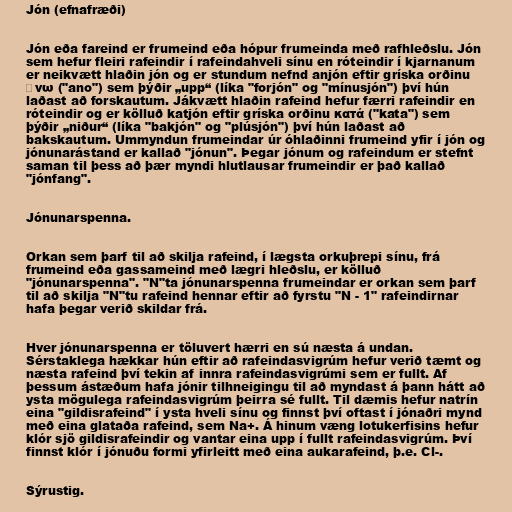
Jón (efnafræði)

Jón eða fareind er frumeind eða hópur frumeinda með rafhleðslu. Jón
sem hefur fleiri rafeindir í rafeindahveli sínu en róteindir í kjarnanum
er neikvætt hlaðin jón og er stundum nefnd anjón eftir gríska orðinu
ἀνω ("anο") sem þýðir „upp“ (líka "forjón" og "mínusjón") því hún
laðast að forskautum. Jákvætt hlaðin rafeind hefur færri rafeindir en
róteindir og er kölluð katjón eftir gríska orðinu κατά ("kata") sem
þýðir „niður“ (líka "bakjón" og "plúsjón") því hún laðast að
bakskautum. Ummyndun frumeindar úr óhlaðinni frumeind yfir í jón og
jónunarástand er kallað "jónun". Þegar jónum og rafeindum er stefnt
saman til þess að þær myndi hlutlausar frumeindir er það kallað
"jónfang".

Jónunarspenna.

Orkan sem þarf til að skilja rafeind, í lægsta orkuþrepi sínu, frá
frumeind eða gassameind með lægri hleðslu, er kölluð
"jónunarspenna". "N"ta jónunarspenna frumeindar er orkan sem þarf
til að skilja "N"tu rafeind hennar eftir að fyrstu "N - 1" rafeindirnar
hafa þegar verið skildar frá.

Hver jónunarspenna er töluvert hærri en sú næsta á undan.
Sérstaklega hækkar hún eftir að rafeindasvigrúm hefur verið tæmt og
næsta rafeind því tekin af innra rafeindasvigrúmi sem er fullt. Af
þessum ástæðum hafa jónir tilhneigingu til að myndast á þann hátt að
ysta mögulega rafeindasvigrúm þeirra sé fullt. Til dæmis hefur natrín
eina "gildisrafeind" í ysta hveli sínu og finnst því oftast í jónaðri mynd
með eina glataða rafeind, sem Na+. Á hinum væng lotukerfisins hefur
klór sjö gildisrafeindir og vantar eina upp í fullt rafeindasvigrúm. Því
finnst klór í jónuðu formi yfirleitt með eina aukarafeind, þ.e. Cl-.

Sýrustig.